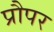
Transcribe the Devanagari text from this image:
प्रौपर